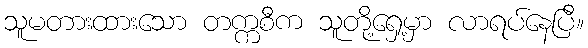
သူမတားထားသော တက္ကစီက သူတို့ရှေ့မှာ လာရပ်နေပြီ။